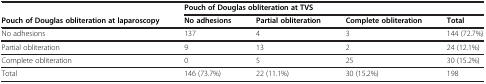
<table><thead><tr><td>[EMPTY_CELL]</td><td colspan="4"><b>Pouch of Douglas obliteration at TVS</b></td></tr><tr><td><b>Pouch of Douglas obliteration at laparoscopy</b></td><td><b>No adhesions</b></td><td><b>Partial obliteration</b></td><td><b>Complete obliteration</b></td><td><b>Total</b></td></tr></thead><tbody><tr><td>No adhesions</td><td>137</td><td>4</td><td>3</td><td>144 (72.7%)</td></tr><tr><td>Partial obliteration</td><td>9</td><td>13</td><td>2</td><td>24 (12.1%)</td></tr><tr><td>Complete obliteration</td><td>0</td><td>5</td><td>25</td><td>30 (15.2%)</td></tr><tr><td>Total</td><td>146 (73.7%)</td><td>22 (11.1%)</td><td>30 (15.2%)</td><td>198</td></tr></tbody></table>